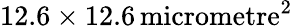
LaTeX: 12.6\times 12.6\, \mathrm{micrometre}^{2}